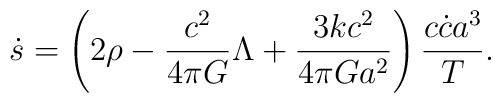
\dot{s}=\left(2\rho-{c^2\over{4\pi G}}\Lambda+{{3kc^2}\over{4\pi Ga^2}}\right){{c\dot{c}a^3}\over T}.